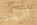
أتريدان